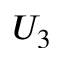
U _ { 3 }